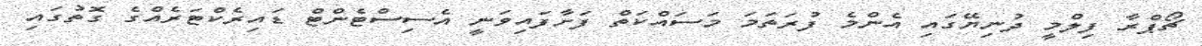
ޗޯޕްރާ ފިލްމީ ދުނިޔޭގައި އެންމެ ފުރަތަމަ މަސައްކަތް ފަށާފައިވަނީ އެސިސްޓެންޓް ޑައިރެކްޓަރެއްގެ ގޮތުގައި